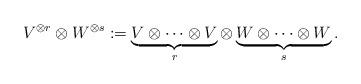
LaTeX: \begin{align*}V^{\otimes r} \otimes W^{\otimes s} := \underbrace{V \otimes \cdots \otimes V}_{r } \otimes \underbrace{W \otimes \cdots \otimes W}_{s }.\end{align*}